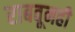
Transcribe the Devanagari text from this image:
राबवूनही